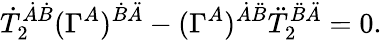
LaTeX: \dot{T}_{2}^{\dot{A}\dot{B}}(\Gamma^{A})^{\dot{B}\ddot{A}}-(\Gamma^{A})^{\dot{A}\ddot{B}}\ddot{T}_{2}^{\ddot{B}\ddot{A}}=0.